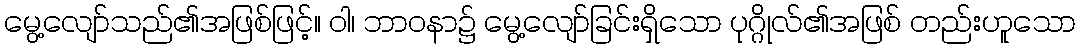
မွေ့လျော်သည်၏အဖြစ်ဖြင့်။ ဝါ၊ ဘာဝနာ၌ မွေ့လျော်ခြင်းရှိသော ပုဂ္ဂိုလ်၏အဖြစ် တည်းဟူသော